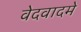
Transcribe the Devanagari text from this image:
वेदवादमे